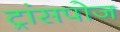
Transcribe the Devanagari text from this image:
ट्रांसपोज